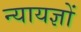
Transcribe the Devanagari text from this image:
न्यायज्ञों